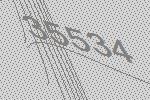
35534